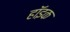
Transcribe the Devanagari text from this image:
हॉइक